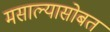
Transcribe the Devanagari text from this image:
मसाल्यासोबत